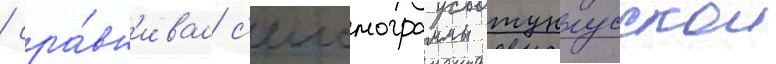
/ сра́вн'ивал с'еисмограммы тунгусскои